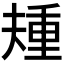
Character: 𫯰